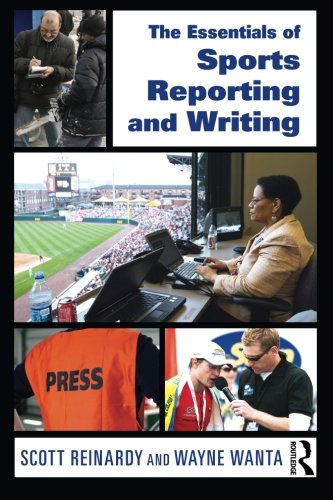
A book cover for The Essentials of Sports Reporting and Writing; Scott Reinardy; Sports & Outdoors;